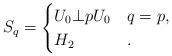
LaTeX: \begin{align*} S_q =\begin{cases} U_0 \bot pU_0 & q=p, \\H_2 & .\end{cases}\end{align*}